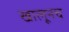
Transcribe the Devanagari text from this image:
खालूनच